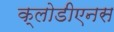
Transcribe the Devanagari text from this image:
क्लोडीएनस